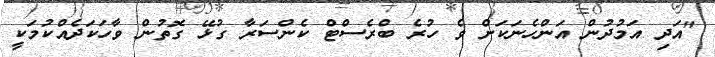
"އަދި އަމުދުން އަންހެނަކަށް ވެ ހުރެ ބްރެސްޓް ކެންސަރާ ގުޅޭ ގޮތުން ވާހަކަދެއްކުމަކީ